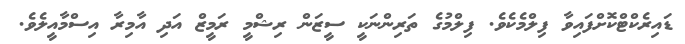
ޑައިރެކްޓްކޮށްފައިވާ ފިލްމެކެވެ. ފިލްމުގެ ތަރިންނަކީ ސީޒަން ރިޝްމީ ރަމީޒް އަދި އާމިރާ އިސްމާއީލެވެ.